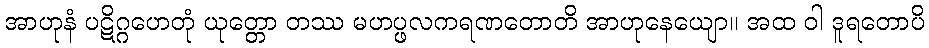
အာဟုနံ ပဋိဂ္ဂဟေတုံ ယုတ္တော တဿ မဟပ္ဖလကရဏတောတိ အာဟုနေယျော။ အထ ဝါ ဒူရတောပိ